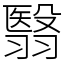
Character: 翳